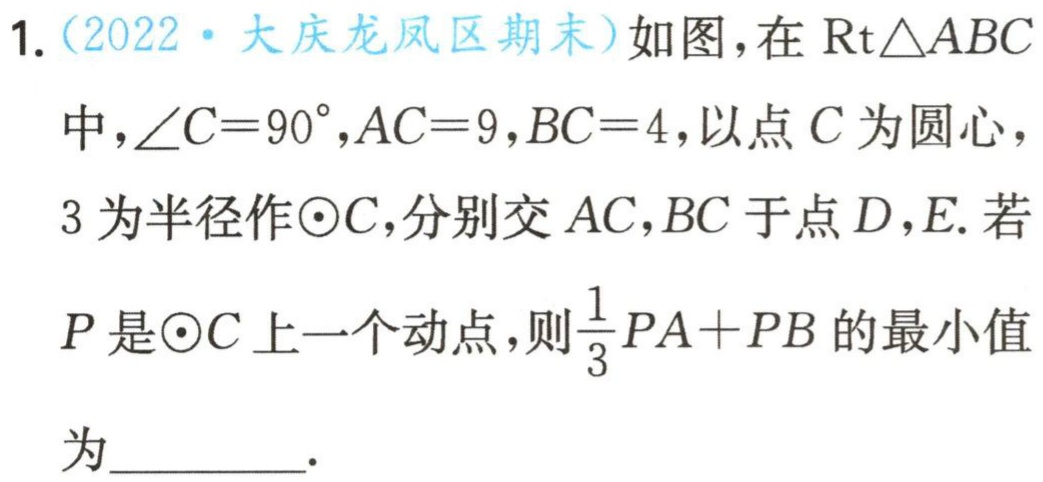
1.（2022·大庆龙凤区期末）如图，在$\text{Rt}\triangle ABC$中，$\angle C = 90^{\circ},AC = 9,BC = 4$，以点$C$为圆心，

3为半径作$\odot C$，分别交$AC,BC$于点$D,E$. 若

$P$是$\odot C$上一个动点，则$\frac{1}{3}PA + PB$的最小值

为________.